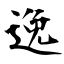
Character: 逸